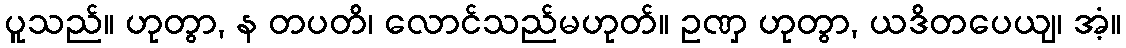
ပူသည်။ ဟုတွာ, န တပတိ၊ လောင်သည်မဟုတ်။ ဥဏှ ဟုတွာ, ယဒိတပေယျ၊ အံ့။